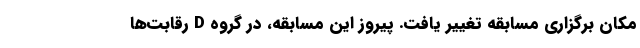
مکان برگزاری مسابقه تغییر یافت. پیروز این مسابقه، در گروه D رقابت‌ها